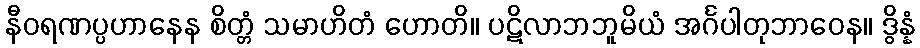
နီဝရဏပ္ပဟာနေန စိတ္တံ သမာဟိတံ ဟောတိ။ ပဋိလာဘဘူမိယံ အင်္ဂပါတုဘာဝေန။ ဒွိန္နံ